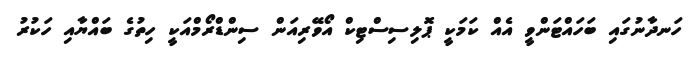
ހަނދާނުގައި ބަހައްޓަންވީ އެއް ކަމަކީ ޕޮލިސިސްޓިކް އޯވޭރިއަން ސިންޑްރޯމްއަކީ ހިތުގެ ބައްޔާއި ހަކުރު